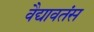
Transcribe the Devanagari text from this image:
वैद्यावतंस